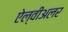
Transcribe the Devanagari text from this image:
ऐल्वीअलर